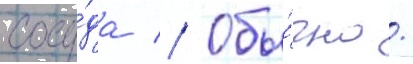
сосу́да // Обы́чно /